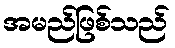
အမည်ဖြစ်သည်